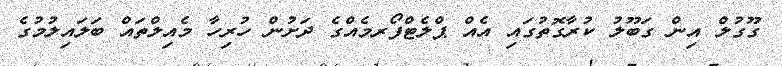
ގޫގުލް އިން ގަބޫލު ކުރާގޮތުގައި އެއް ޕްލެޓްފޯރމެއްގެ ދަށުން ހުރިހާ މެއިލްތައް ބަލައިލުމުގެ